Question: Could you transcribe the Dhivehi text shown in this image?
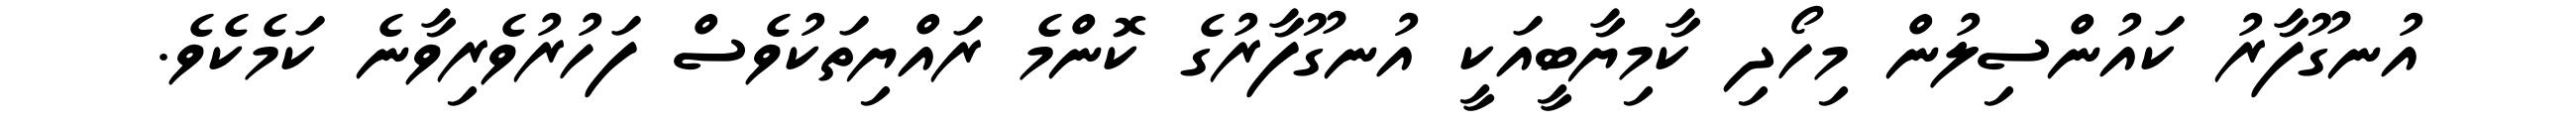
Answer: އުނގޫފާރު ކައުންސިލުން މިހޯދި ކާމިޔާބީއަކީ އުނގޫފާރުގެ ކޮންމެ ރައްޔިތަކުވެސް ފަހުރުވެރިވާނެ ކަމެކެވެ.